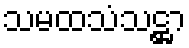
သမထသံသဋ္ဌာ